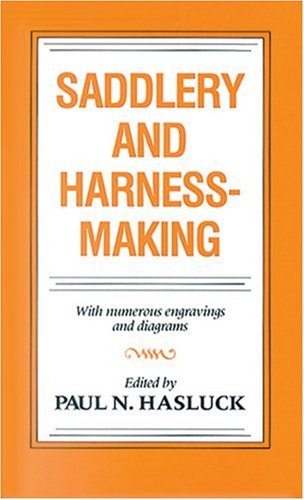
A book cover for Saddlery and Harness-Making; Crafts, Hobbies & Home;